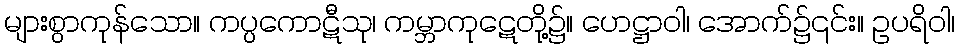
များစွာကုန်သော။ ကပ္ပကောဋီသု၊ ကမ္ဘာကုဋေတို့၌။ ဟေဋ္ဌာဝါ၊ အောက်၌၎င်း။ ဥပရိဝါ၊